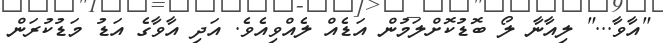
"އާވާ..." ލިއާނާ ލޯ ބޮޑުކޮށްލަމުން އަޑެއް ލެއްވިއެވެ. އަދި އާވާގެ އަޑު މަޑުކުރަން